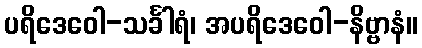
ပရိဒေဝေါ-သင်္ခါရံ၊ အပရိဒေဝေါ-နိဗ္ဗာနံ။